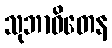
သုဘာဝိတေန